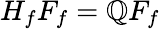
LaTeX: H_{f}F_{f}=\mathbb{Q}F_{f}